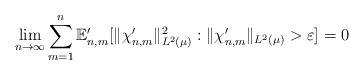
LaTeX: \begin{align*} \lim_{n \to \infty} \sum_{m=1}^n \mathbb{E}_{n,m}' [ \|\chi_{n,m}' \|_{L^2( \mu)}^2 : \|\chi_{n,m}' \|_{L^2(\mu)} > \varepsilon ] = 0\end{align*}